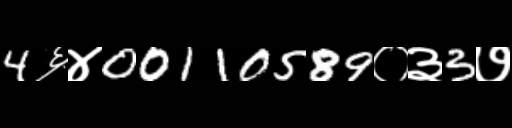
Text: 4६४00110589०३3७